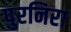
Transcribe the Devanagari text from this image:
पुरनिरा